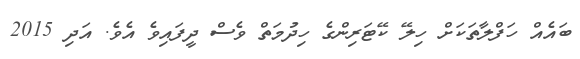
ބައެއް ހަފްލާތަކަށް ހިލޭ ކޭޓަރިންގެ ހިދުމަތް ވެސް ދީފައިވެ އެެވެ. އަދި 2015